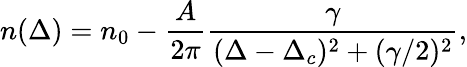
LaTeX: n(\Delta)=n_{0}-\frac{A}{2\pi}\frac{\gamma}{(\Delta-\Delta_{c})^{2}+(\gamma/2)^{2}},